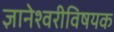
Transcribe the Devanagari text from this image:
ज्ञानेश्वरीविषयक